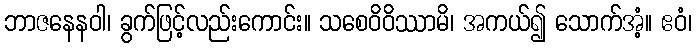
ဘာဇနေနဝါ၊ ခွက်ဖြင့်လည်းကောင်း။ သစေဝိဝိဿာမိ၊ အကယ်၍ သောက်အံ့။ ဧဝံ၊